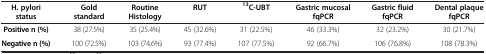
<table><thead><tr><td><b>H. pylori status</b></td><td><b>Gold standard</b></td><td><b>Routine Histology</b></td><td><b>RUT</b></td><td><b><sup>13</sup>C-UBT</b></td><td><b>Gastric mucosal fqPCR</b></td><td><b>Gastric fluid fqPCR</b></td><td><b>Dental plaque fqPCR</b></td></tr></thead><tbody><tr><td><b>Positive n (%)</b></td><td>38 (27.5%)</td><td>35 (25.4%)</td><td>45 (32.6%)</td><td>31 (22.5%)</td><td>46 (33.3%)</td><td>32 (23.2%)</td><td>30 (21.7%)</td></tr><tr><td><b>Negative n (%)</b></td><td>100 (72.5%)</td><td>103 (74.6%)</td><td>93 (77.4%)</td><td>107 (77.5%)</td><td>92 (66.7%)</td><td>106 (76.8%)</td><td>108 (78.3%)</td></tr></tbody></table>